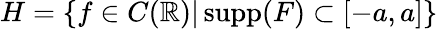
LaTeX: H=\{ f\in C(\mathbb{R})|\operatorname{supp}(F)\subset[-a,a]\}